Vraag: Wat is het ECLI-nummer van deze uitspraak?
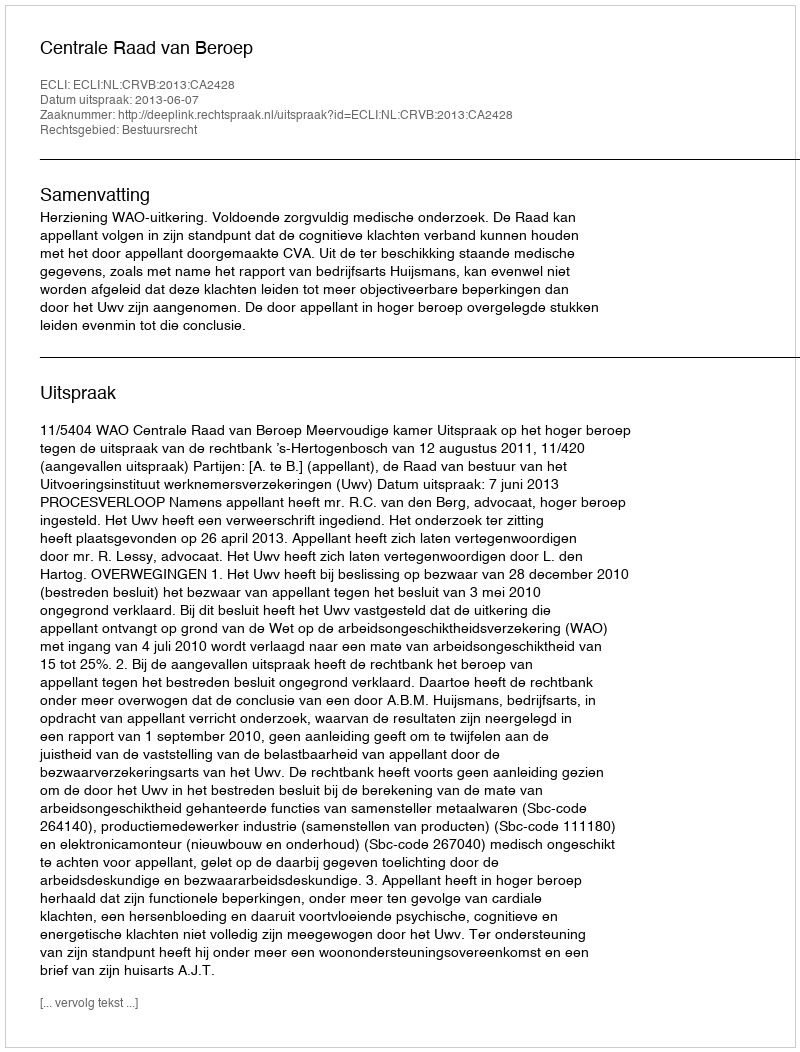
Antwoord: ECLI:NL:CRVB:2013:CA2428